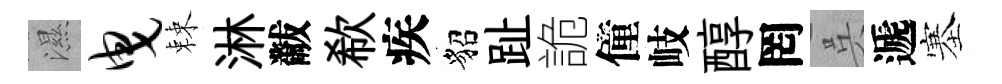
濕曳棘淋黻欷疾貂趾詭僮岐醇罔呉遞塞